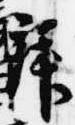
拝